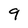
Character: 9